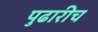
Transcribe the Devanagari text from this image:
पुढारीच